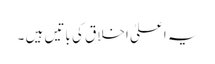
یہ اعلیٰ اخلاق کی باتیں ہیں ۔